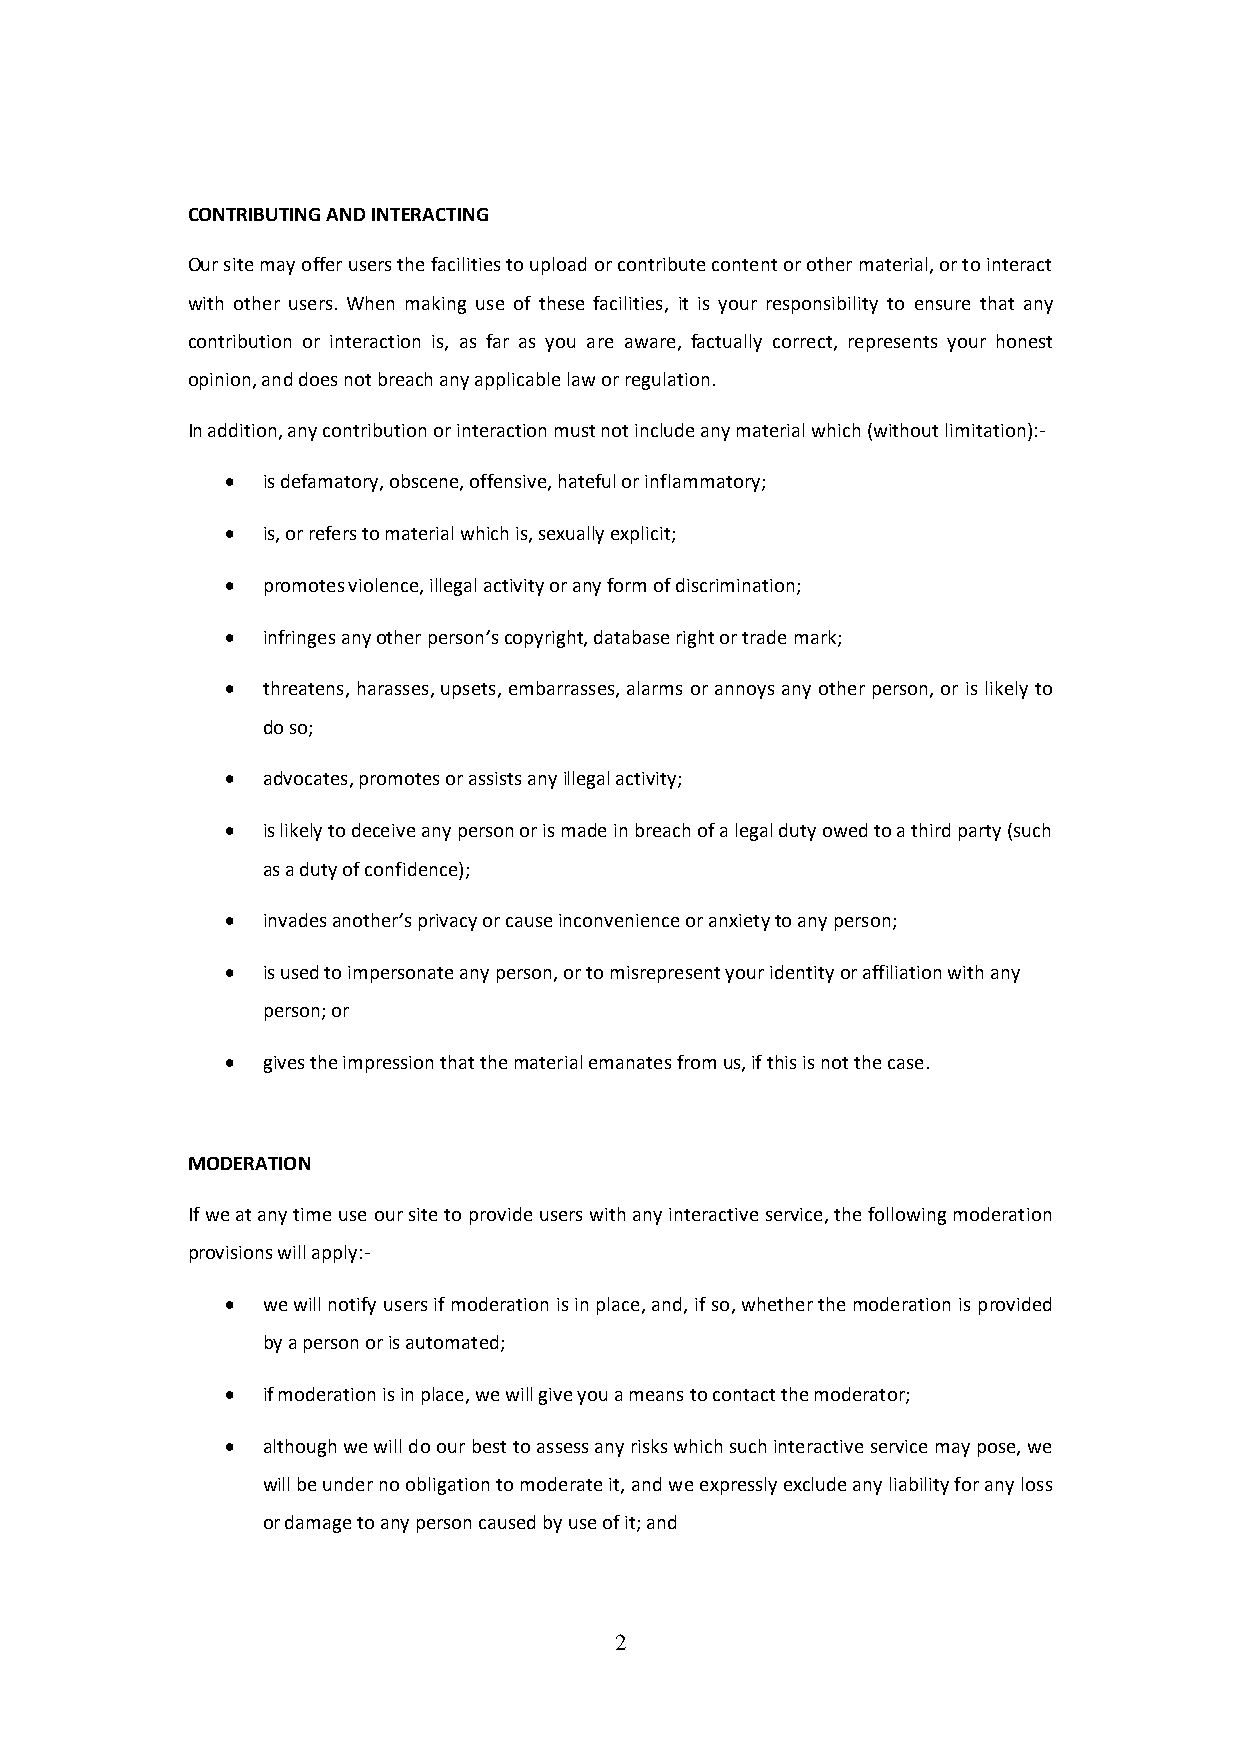
CONTRIBUTING AND INTERACTING
 Our site may offer users the facilities to upload or contribute content or other material, or to interact
 with other users. When making use of these facilities, it is your responsibility to ensure that any
 contribution or interaction is, as far as you are aware, factually correct, represents your honest
 opinion, and does not breach any applicable law or regulation.
 In addition, any contribution or interaction must not include any material which (without limitation):-
 • is defamatory, obscene, offensive, hateful or inflammatory;
 • is, or refers to material which is, sexually explicit;
 • promotes violence, illegal activity or any form of discrimination;
 • infringes any other person’s copyright, database right or trade mark;
 • threatens, harasses, upsets, embarrasses, alarms or annoys any other person, or is likely to
 do so;
 • advocates, promotes or assists any illegal activity;
 • is likely to deceive any person or is made in breach of a legal duty owed to a third party (such
 as a duty of confidence);
 • invades another’s privacy or cause inconvenience or anxiety to any person;
 • is used to impersonate any person, or to misrepresent your identity or affiliation with any
 person; or
 • gives the impression that the material emanates from us, if this is not the case.
 MODERATION
 If we at any time use our site to provide users with any interactive service, the following moderation
 provisions will apply:-
 • we will notify users if moderation is in place, and, if so, whether the moderation is provided
 by a person or is automated;
 • if moderation is in place, we will give you a means to contact the moderator;
 • although we will do our best to assess any risks which such interactive service may pose, we
 will be under no obligation to moderate it, and we expressly exclude any liability for any loss
 or damage to any person caused by use of it; and
 2